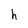
Character: h